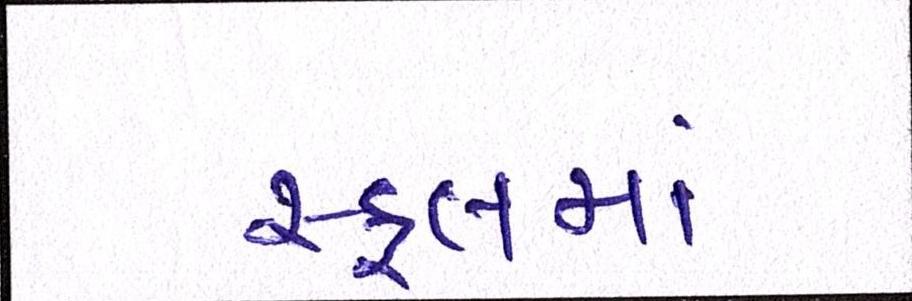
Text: સ્કૂલમાં